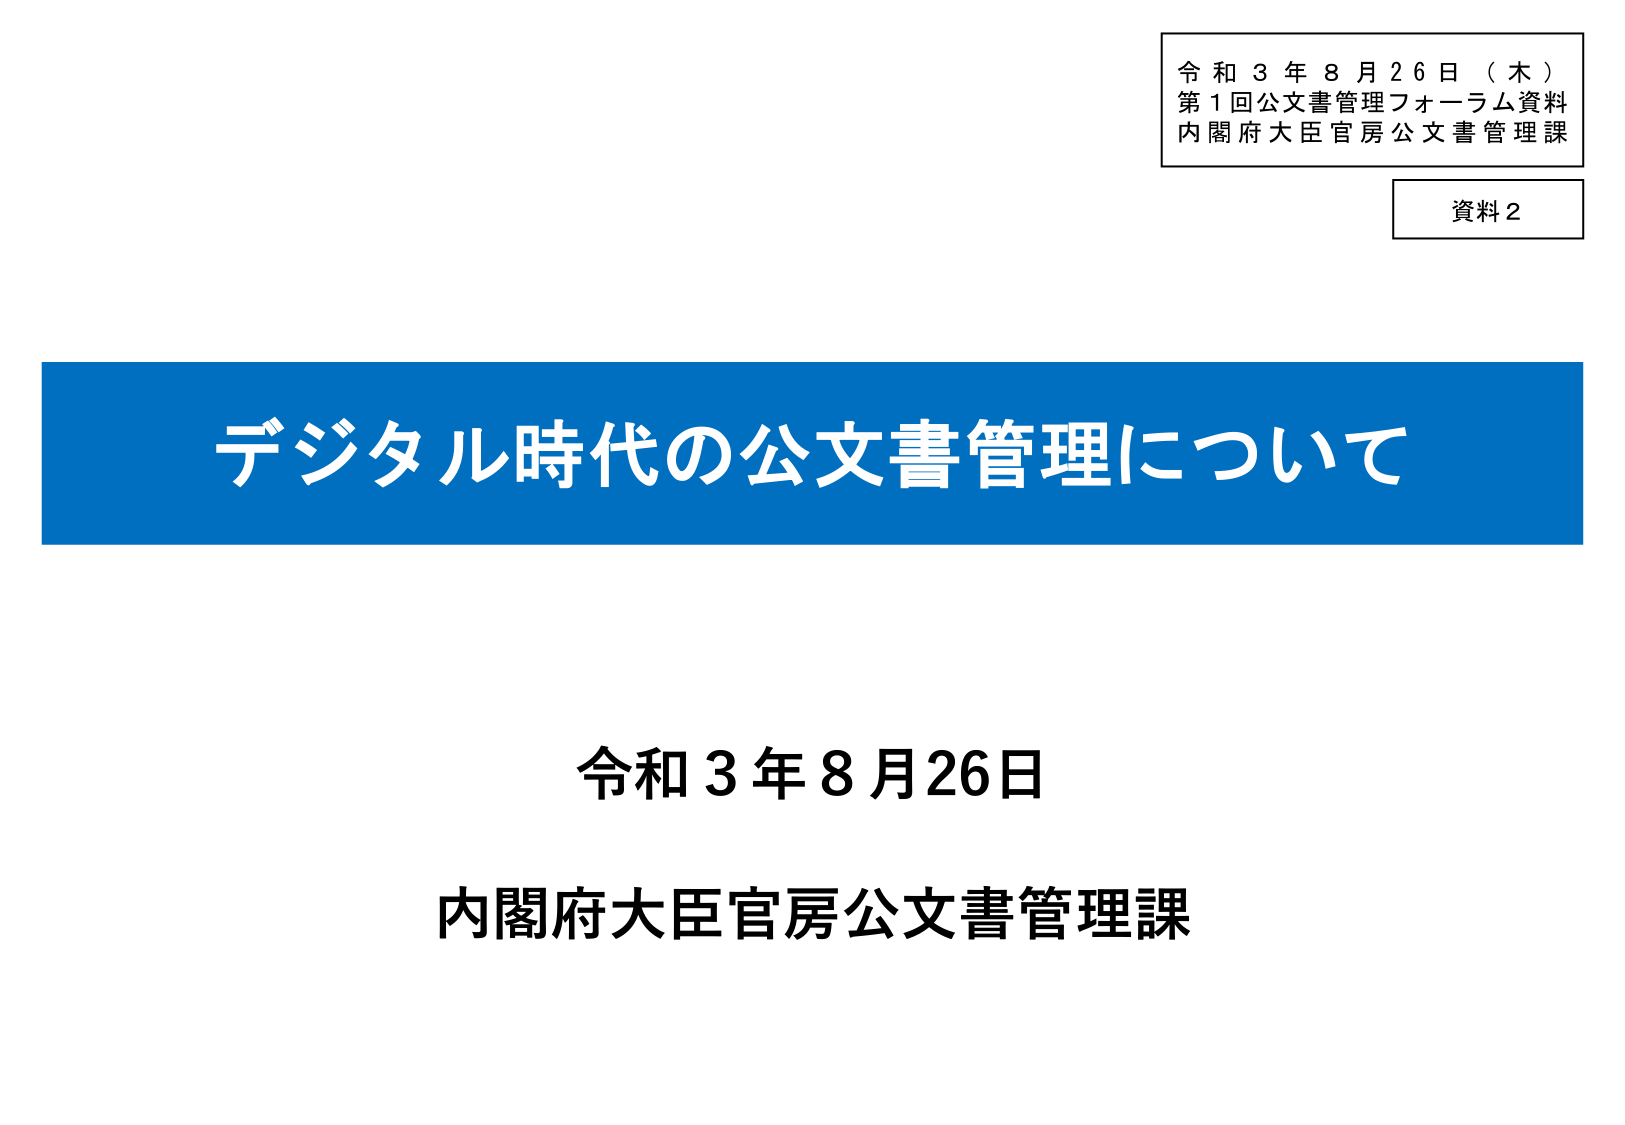
令和３年８月２６日（木）
第１回公文書管理フォーラム資料
内閣府大臣官房公文書管理課

資料２

デジタル時代の公文書管理について

令和３年８月２６日
内閣府大臣官房公文書管理課